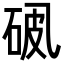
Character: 𪜘